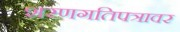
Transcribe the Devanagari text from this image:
शरणगतिपत्रावर